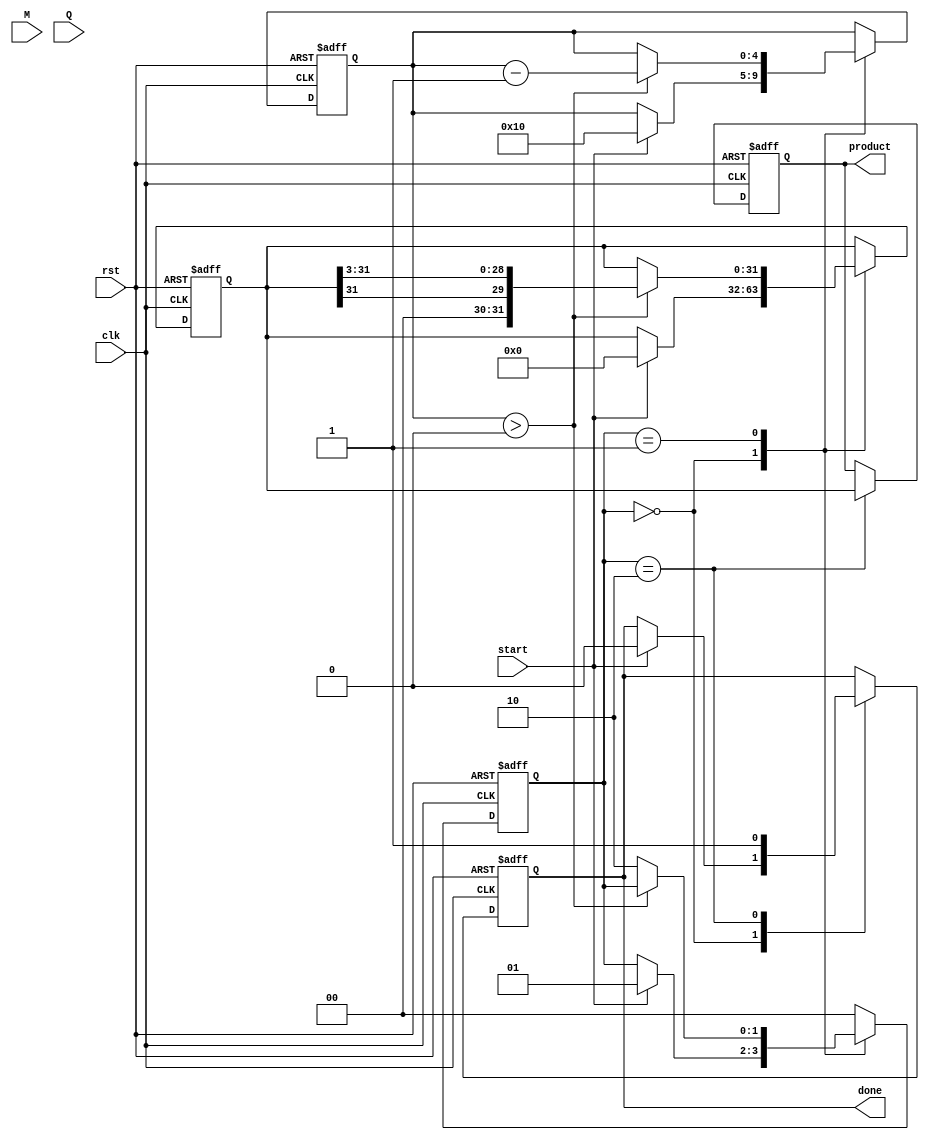
module modified_booth_multiplier (
    input wire clk,
    input wire rst,
    input wire start,
    input wire signed [15:0] M,  // Multiplicand
    input wire signed [15:0] Q,  // Multiplier
    output reg signed [31:0] product,  // Product output
    output reg done  // Done signal
);

    // Internal registers
    reg signed [15:0] M_reg;  // Multiplicand register
    reg signed [15:0] Q_reg;  // Multiplier register
    reg signed [31:0] A;       // Accumulator
    reg [4:0] count;          // Count register
    reg [1:0] state;          // FSM state

    // FSM states
    localparam IDLE = 2'b00;
    localparam PROCESS = 2'b01;
    localparam DONE = 2'b10;

    // Booth encoding logic
    wire [1:0] booth_code;
    reg [1:0] Q_last;  // Last two bits of Q

    always @(posedge clk or posedge rst) begin
        if (rst) begin
            // Reset all registers
            M_reg <= 0;
            Q_reg <= 0;
            A <= 0;
            count <= 0;
            state <= IDLE;
            product <= 0;
            done <= 0;
            Q_last <= 2'b00;
        end else begin
            case (state)
                IDLE: begin
                    if (start) begin
                        // Initialize registers
                        M_reg <= M;
                        Q_reg <= Q;
                        A <= 0;
                        count <= 16;  // Assuming 16-bit inputs
                        Q_last <= 2'b00;  // Initialize last bits
                        state <= PROCESS;
                        done <= 0;
                    end
                end

                PROCESS: begin
                    if (count > 0) begin
                        // Get the last two bits of Q
                        Q_last <= {Q_reg[0], Q_reg[1]};

                        // Booth encoding logic
                        case (Q_last)
                            2'b00: A <= A;  // Do nothing
                            2'b01: A <= A + M_reg;  // Add M
                            2'b10: A <= A - M_reg;  // Subtract M
                            2'b11: A <= A;  // Do nothing
                        endcase

                        // Shift right A and Q
                        {A, Q_reg} <= {A[31], A[31:1], Q_reg[15:2]};  // Shift A and Q
                        count <= count - 1;  // Decrement count
                    end else begin
                        state <= DONE;  // Move to done state
                    end
                end

                DONE: begin
                    product <= A;  // Store final product
                    done <= 1;  // Set done signal
                    state <= IDLE;  // Go back to idle
                end

                default: state <= IDLE;  // Default case
            endcase
        end
    end
endmodule